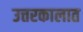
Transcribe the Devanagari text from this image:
उत्तरकालात